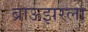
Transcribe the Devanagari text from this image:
ब्राऊझरला